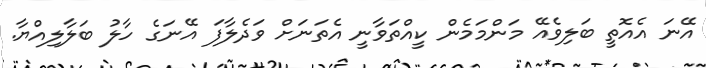
އޭނަ އެއޮތީ ބަލިވެއޭ މަންމަމެން ކީއްތަވާނީ އެތަނަށް ވަދެލާފަ އޭނަގެ ހާލު ބަލާލިއްޔާ.